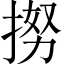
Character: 𢭵